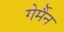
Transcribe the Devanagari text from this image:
गेर्मैन